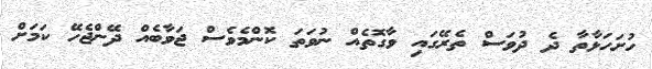
ހުށަހަޅާތާ ދެ ދުވަސް ތެރޭގައި ވާގޮތެއް ނުވަތަ ކޮންމެވެސް ޖަވާބެއް ދޭންޖެހޭ ކަމަށް